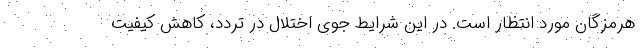
هرمزگان مورد انتظار است. در این شرایط جوی اختلال در تردد، کاهش کیفیت